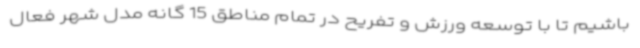
باشیم تا با توسعه ورزش و تفریح در تمام مناطق 15 گانه مدل شهر فعال